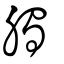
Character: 臅